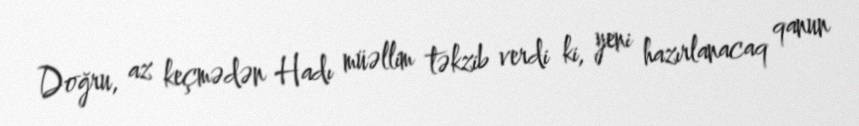
Doğru, az keçmədən Hadı müəllim təkzib verdi ki, yeni hazırlanacaq qanun